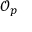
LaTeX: { \mathcal { O } } _ { p }